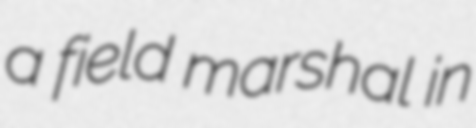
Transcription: a field marshal in